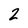
Character: 2